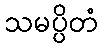
သမပ္ပိတံ